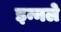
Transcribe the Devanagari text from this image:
इन्नले